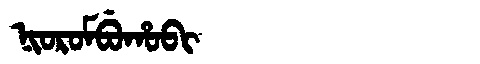
Manchu: ᠨᡳᠣᡵᠣᠮᠪᡠᡥᠣᠪᡳ
Romanization: NIOROMBUHOBI